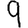
Digit: 9